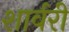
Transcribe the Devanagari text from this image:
शार्वरी